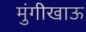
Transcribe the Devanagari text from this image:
मुंगीखाऊ